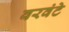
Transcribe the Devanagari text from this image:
वरवंटे